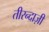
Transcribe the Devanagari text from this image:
तीरन्दाज़ी